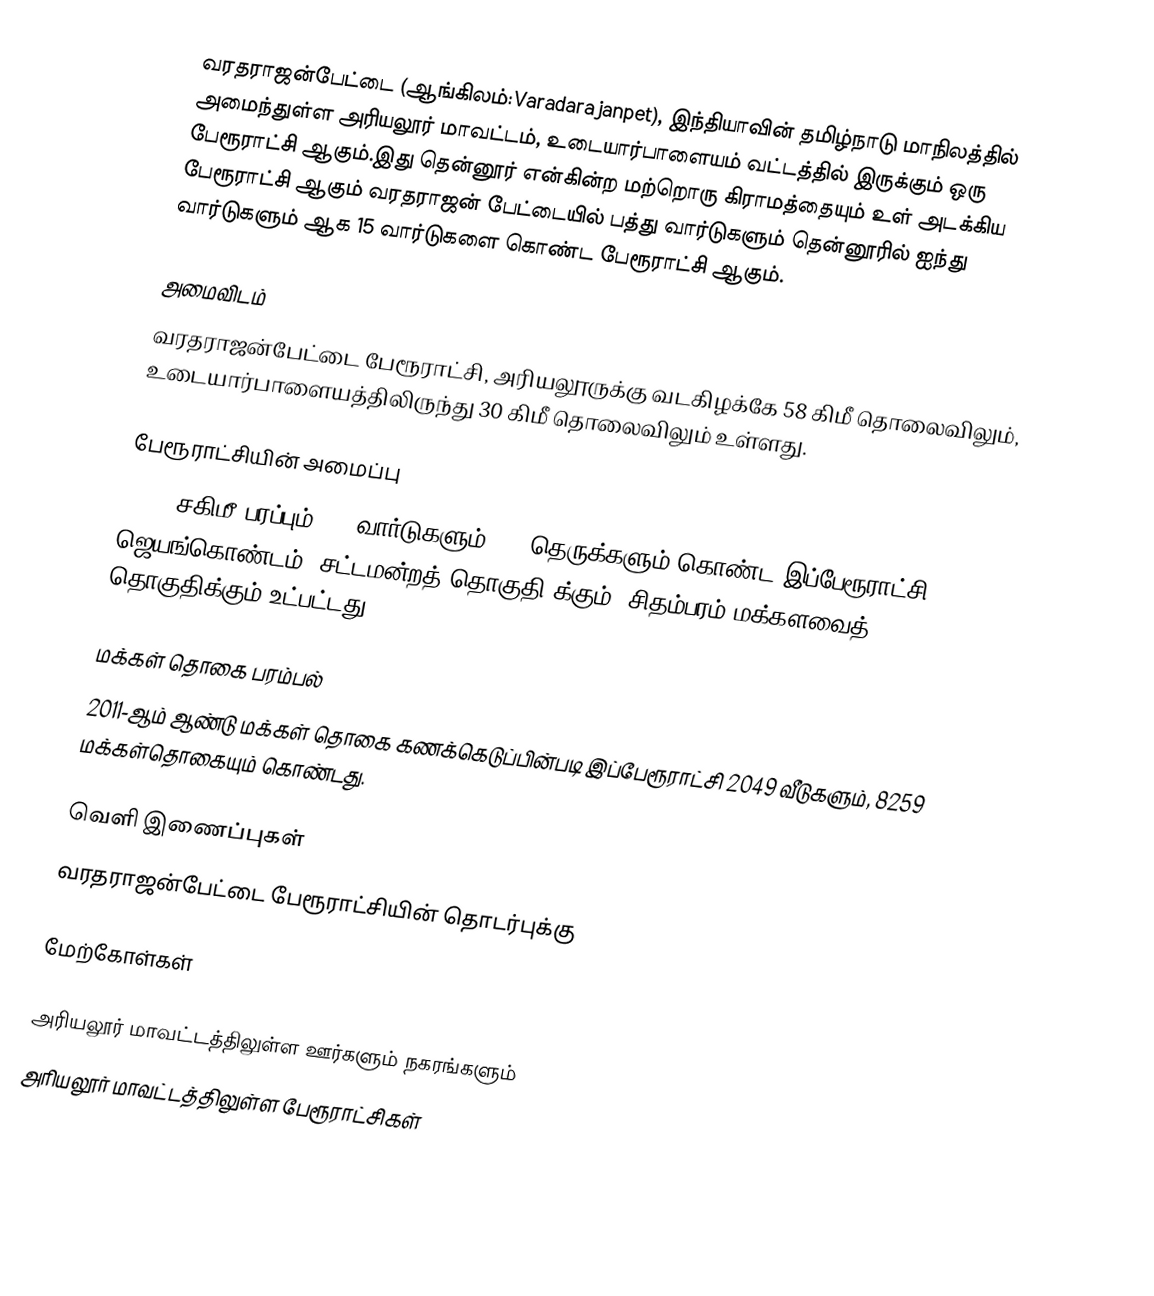
வரதராஜன்பேட்டை (ஆங்கிலம்:Varadarajanpet), இந்தியாவின் தமிழ்நாடு மாநிலத்தில் அமைந்துள்ள அரியலூர் மாவட்டம், உடையார்பாளையம் வட்டத்தில் இருக்கும் ஒரு பேரூராட்சி ஆகும்.இது தென்னூர் என்கின்ற மற்றொரு கிராமத்தையும் உள் அடக்கிய பேரூராட்சி ஆகும் வரதராஜன் பேட்டையில் பத்து வார்டுகளும் தென்னூரில் ஐந்து வார்டுகளும் ஆக 15 வார்டுகளை கொண்ட பேரூராட்சி ஆகும்.

அமைவிடம்
வரதராஜன்பேட்டை பேரூராட்சி, அரியலூருக்கு வடகிழக்கே 58   கிமீ தொலைவிலும், உடையார்பாளையத்திலிருந்து 30 கிமீ தொலைவிலும் உள்ளது.

பேரூராட்சியின் அமைப்பு
17.79  சகிமீ பரப்பும், 15  வார்டுகளும்,  26 தெருக்களும்  கொண்ட இப்பேரூராட்சி  ஜெயங்கொண்டம் (சட்டமன்றத் தொகுதி)க்கும், சிதம்பரம் மக்களவைத் தொகுதிக்கும் உட்பட்டது.

மக்கள் தொகை பரம்பல்
2011-ஆம் ஆண்டு மக்கள் தொகை கணக்கெடுப்பின்படி  இப்பேரூராட்சி 2049  வீடுகளும்,  8259 மக்கள்தொகையும் கொண்டது.

வெளி இணைப்புகள்
 வரதராஜன்பேட்டை பேரூராட்சியின் தொடர்புக்கு

மேற்கோள்கள்

அரியலூர் மாவட்டத்திலுள்ள ஊர்களும் நகரங்களும்
அரியலூர் மாவட்டத்திலுள்ள பேரூராட்சிகள்